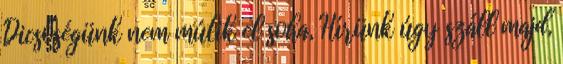
Dicsőségünk nem múlik el soha, Hírünk úgy száll majd,